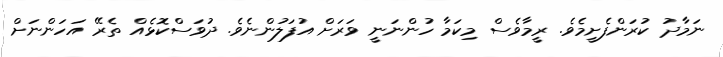
ނަމާދު ކުރަންފެށީމެވެ. ރީމާވެސް މިކަމާ ހުންނަނީ ވަރަށް އުފަލުންނެވެ. ދުވަސްކޮޅެއް ތެރޭ އަހަންނަށް